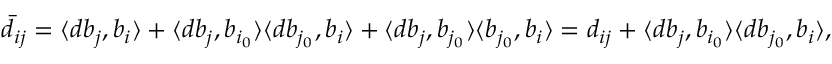
\bar { d } _ { i j } = \langle d b _ { j } , b _ { i } \rangle + \langle d b _ { j } , b _ { i _ { 0 } } \rangle \langle d b _ { j _ { 0 } } , b _ { i } \rangle + \langle d b _ { j } , b _ { j _ { 0 } } \rangle \langle b _ { j _ { 0 } } , b _ { i } \rangle = d _ { i j } + \langle d b _ { j } , b _ { i _ { 0 } } \rangle \langle d b _ { j _ { 0 } } , b _ { i } \rangle ,